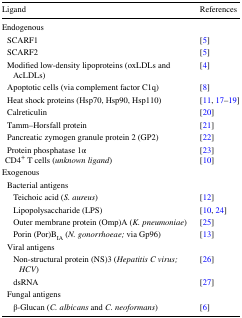
<table><thead><tr><td><b>Ligand</b></td><td><b>References</b></td></tr></thead><tbody><tr><td>Endogenous</td><td>[EMPTY_CELL]</td></tr><tr><td> SCARF1</td><td>[5]</td></tr><tr><td> SCARF2</td><td>[5]</td></tr><tr><td> Modified low-density lipoproteins (oxLDLs and AcLDLs)</td><td>[4]</td></tr><tr><td> Apoptotic cells (via complement factor C1q)</td><td>[8]</td></tr><tr><td> Heat shock proteins (Hsp70, Hsp90, Hsp110)</td><td>[11, 17–19]</td></tr><tr><td> Calreticulin</td><td>[20]</td></tr><tr><td> Tamm–Horsfall protein</td><td>[21]</td></tr><tr><td> Pancreatic zymogen granule protein 2 (GP2)</td><td>[22]</td></tr><tr><td> Protein phosphatase 1αCD4<sup>+</sup> T cells (<i>unknown ligand</i>)</td><td>[23][10]</td></tr><tr><td>Exogenous</td><td>[EMPTY_CELL]</td></tr><tr><td> Bacterial antigens</td><td>[EMPTY_CELL]</td></tr><tr><td>Teichoic acid (<i>S. aureus</i>)</td><td>[12]</td></tr><tr><td>Lipopolysaccharide (LPS)</td><td>[10, 24]</td></tr><tr><td>Outer membrane protein (Omp)A (<i>K. pneumoniae</i>)</td><td>[25]</td></tr><tr><td>Porin (Por)B<sub>IA</sub> (<i>N. gonorrhoeae;</i> via Gp96)</td><td>[13]</td></tr><tr><td> Viral antigens</td><td>[EMPTY_CELL]</td></tr><tr><td>Non-structural protein (NS)3 (<i>Hepatitis C virus; HCV</i>)</td><td>[26]</td></tr><tr><td>dsRNA</td><td>[27]</td></tr><tr><td> Fungal antigens</td><td>[EMPTY_CELL]</td></tr><tr><td>β-Glucan (<i>C. albicans</i> and <i>C. neoformans</i>)</td><td>[6]</td></tr></tbody></table>